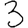
Digit: 3